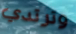
وترتدي